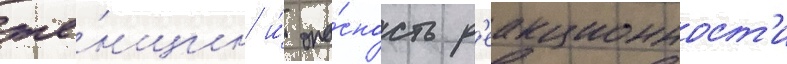
же́нщин и́ опа́сность р'еакционност'и